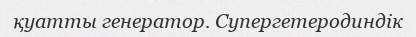
қуатты генератор. Супергетеродиндік